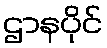
ဌာနပိုင်